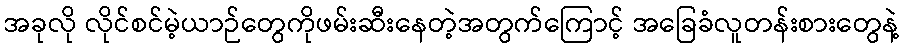
အခုလို လိုင်စင်မဲ့ယာဉ်တွေကိုဖမ်းဆီးနေတဲ့အတွက်ကြောင့် အခြေခံလူတန်းစားတွေနဲ့